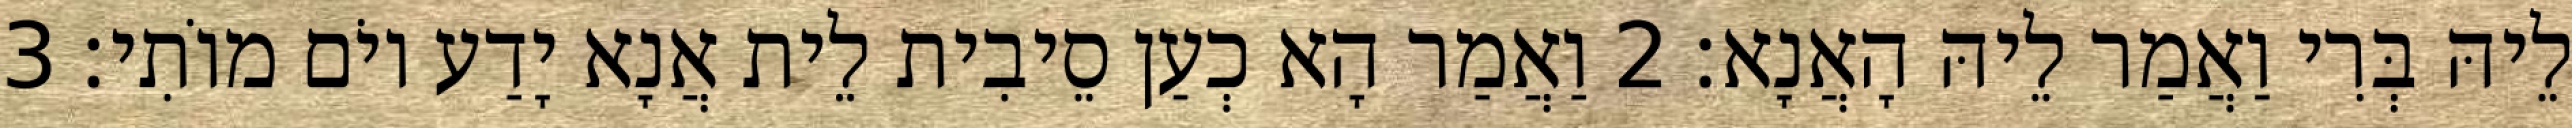
לֵיהּ בְּרִי וַאֲמַר לֵיהּ הָאֲנָא׃ 2 וַאֲמַר הָא כְעַן סֵיבִית לֵית אֲנָא יָדַע יוֹם מוֹתִי׃ 3